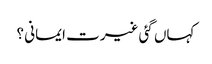
کہاں گئی غیرت ایمانی ؟